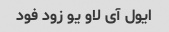
ایول آی لاو یو زود فود